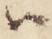
ハ